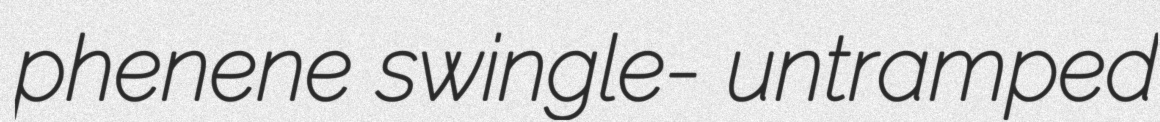
phenene swingle- untramped